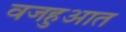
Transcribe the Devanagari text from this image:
वजहुआत